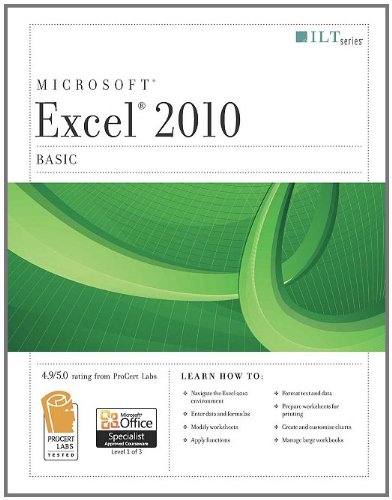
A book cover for Excel 2010: Basic (Ilt Series); Computers & Technology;